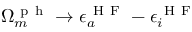
\Omega _ { m } ^ { \mathrm { ~ p ~ h ~ } } \to \epsilon _ { a } ^ { \mathrm { ~ H ~ F ~ } } - \epsilon _ { i } ^ { \mathrm { ~ H ~ F ~ } }